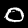
Label: 0